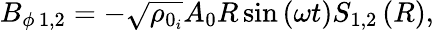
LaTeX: B_{\phi\, 1,2}=-\sqrt{\rho_{0_{i}}}A_{0}R\sin\left(\omega t\right)S_{1,2}\left(R\right),